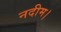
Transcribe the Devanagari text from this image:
नदीम।